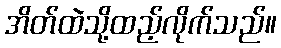
အိတ်ထဲသို့ထည့်လိုက်သည်။